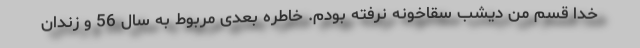
خدا قسم من دیشب سقاخونه نرفته بودم. خاطره بعدی مربوط به سال 56 و زندان